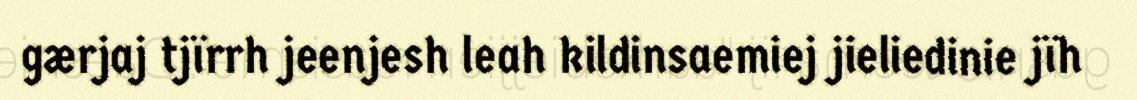
gærjaj tjïrrh jeenjesh leah kildinsaemiej jieliedinie jïh